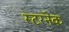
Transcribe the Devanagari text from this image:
स्टरनेक